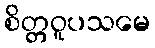
စိတ္တဝူပသမေ